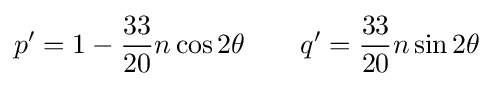
p'=1-{\frac {33}{20}}n\cos 2\theta \qquad q'={\frac {33}{20}}n\sin 2\theta